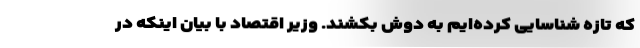
که تازه شناسایی کرده‌ایم به دوش بکشند. وزیر اقتصاد با بیان اینکه در